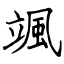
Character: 颯